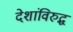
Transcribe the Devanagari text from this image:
देशांविरुद्ध